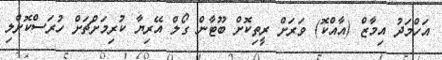
އަހްމަދު އިމާޒް (އާއްކޮ) ވަރަށް ރީތިކޮށް ބޫޓާން ގޯލް އޭރިޔާ ކުރިމަށްޗަށް ހުރަސްކޮށްލި